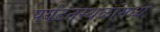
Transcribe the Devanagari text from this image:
पर्यटनस्थळांमध्ये